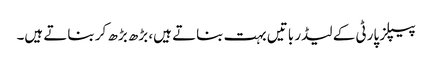
پیپلز پارٹی کے لیڈر باتیں بہت بناتے ہیں، بڑھ بڑھ کر بناتے ہیں۔